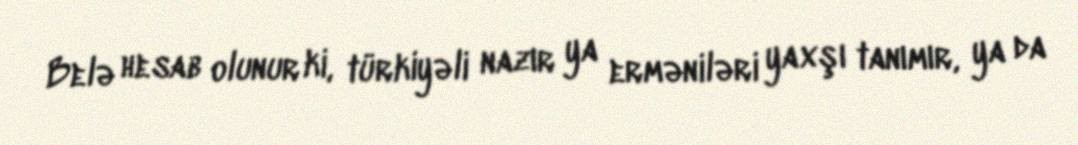
Belə hesab olunur ki, türkiyəli nazır ya erməniləri yaxşı tanımır, ya da